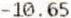
-10.65